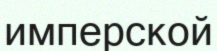
имперской